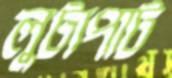
লুটাপাট